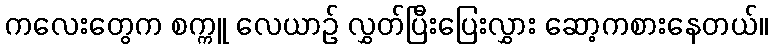
ကလေးတွေက စက္ကူ လေယာဉ် လွှတ်ပြီးပြေးလွှား ဆော့ကစားနေတယ်။